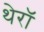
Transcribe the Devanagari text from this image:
थेरॉ